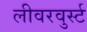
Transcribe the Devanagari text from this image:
लीवरवुर्स्ट